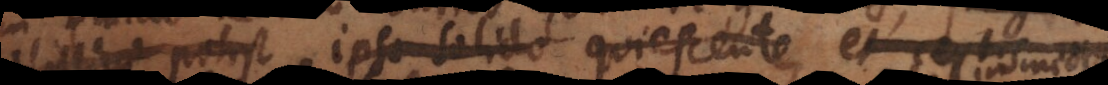
potest ipso solido quiescente, et certis